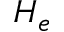
H _ { e }